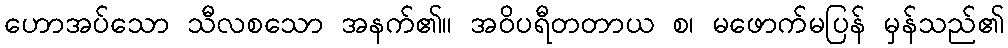
ဟောအပ်သော သီလစသော အနက်၏။ အဝိပရီတတာယ စ၊ မဖောက်မပြန် မှန်သည်၏